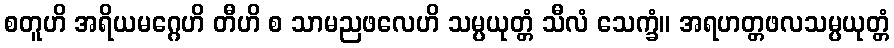
စတူဟိ အရိယမဂ္ဂေဟိ တီဟိ စ သာမညဖလေဟိ သမ္ပယုတ္တံ သီလံ သေက္ခံ။ အရဟတ္တဖလသမ္ပယုတ္တံ